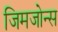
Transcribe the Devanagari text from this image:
जिमजोन्स